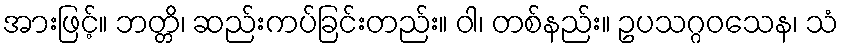
အားဖြင့်။ ဘတ္တိ၊ ဆည်းကပ်ခြင်းတည်း။ ဝါ၊ တစ်နည်း။ ဥပသဂ္ဂဝသေန၊ သံ